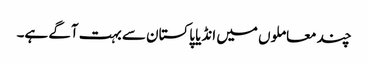
چند معاملوں میں انڈیا پاکستان سے بہت آگے ہے۔